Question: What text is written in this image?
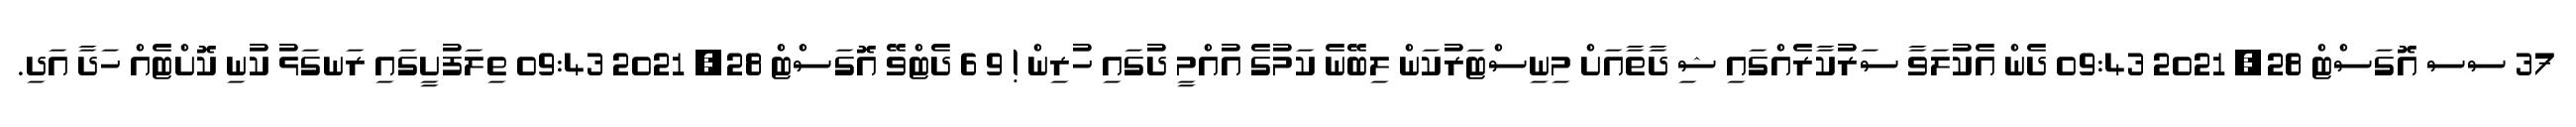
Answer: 37 ސސ އޮގަސްޓް 28, 2021 09:43 ދެން އެކުލަވާ ސަރުކާރެއްގައި ޝި ދާތާއަށް މިނިސްޓަރުކަން ލިބޭނެ ކަމުގެ އުއްމީ ދުގައި ހުރިން ! 9 6 ދެޓްވޭ އޮގަސްޓް 28, 2021 09:43 ތިލަފުށީގައި ރަނގަޅު ކުނި ކޮށްޓެއް ހަދާ އަދި.